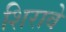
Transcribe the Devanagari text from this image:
शिरावे